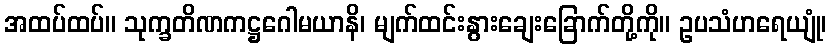
အထပ်ထပ်။ သုက္ခတိဏကဋ္ဌဂေါမယာနိ၊ မျက်ထင်းနွားချေးခြောက်တို့ကို။ ဥပသံဟရေယျုံ၊